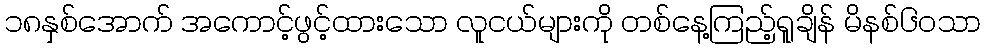
၁၈နှစ်အောက် အကောင့်ဖွင့်ထားသော လူငယ်များကို တစ်နေ့ကြည့်ရူချိန် မိနစ်၆၀သာ